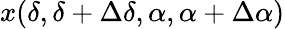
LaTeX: x(\delta,\delta+\Delta\delta,\alpha,\alpha+\Delta\alpha)